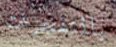
بالمتفجرات